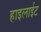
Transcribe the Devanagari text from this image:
हाइलाईट